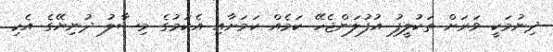
ދިނުމަކީ ވަރަށް ތަކުލީފު އުފުލަންޖެހޭ ކަމެއް ކަމަށާއި އެކަމުގެ މިސާލު ދުނިޔޭގެ އެކި